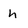
Character: h